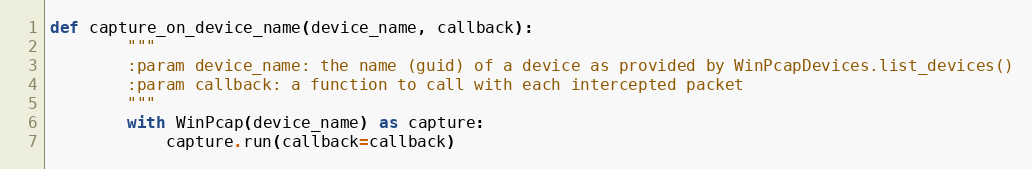
Language: Python
def capture_on_device_name(device_name, callback):
        """
        :param device_name: the name (guid) of a device as provided by WinPcapDevices.list_devices()
        :param callback: a function to call with each intercepted packet
        """
        with WinPcap(device_name) as capture:
            capture.run(callback=callback)